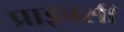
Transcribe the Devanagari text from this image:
प्राइवसी